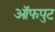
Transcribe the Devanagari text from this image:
ऑफपुट